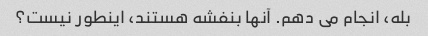
بله، انجام می دهم. آنها بنفشه هستند، اینطور نیست؟